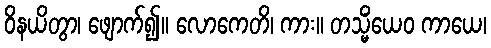
ဝိနယိတွာ၊ ဖျောက်၍။ လောကေတိ၊ ကား။ တသ္မိံယေဝ ကာယေ၊